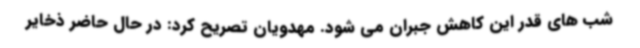
شب های قدر این کاهش جبران می شود. مهدویان تصریح کرد: در حال حاضر ذخایر